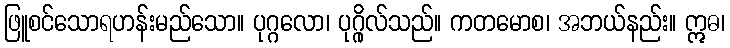
ဖြူစင်သောရဟန်းမည်သော။ ပုဂ္ဂလော၊ ပုဂ္ဂိုလ်သည်။ ကတမောစ၊ အဘယ်နည်း။ ဣဓ၊